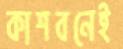
কাশবনেই